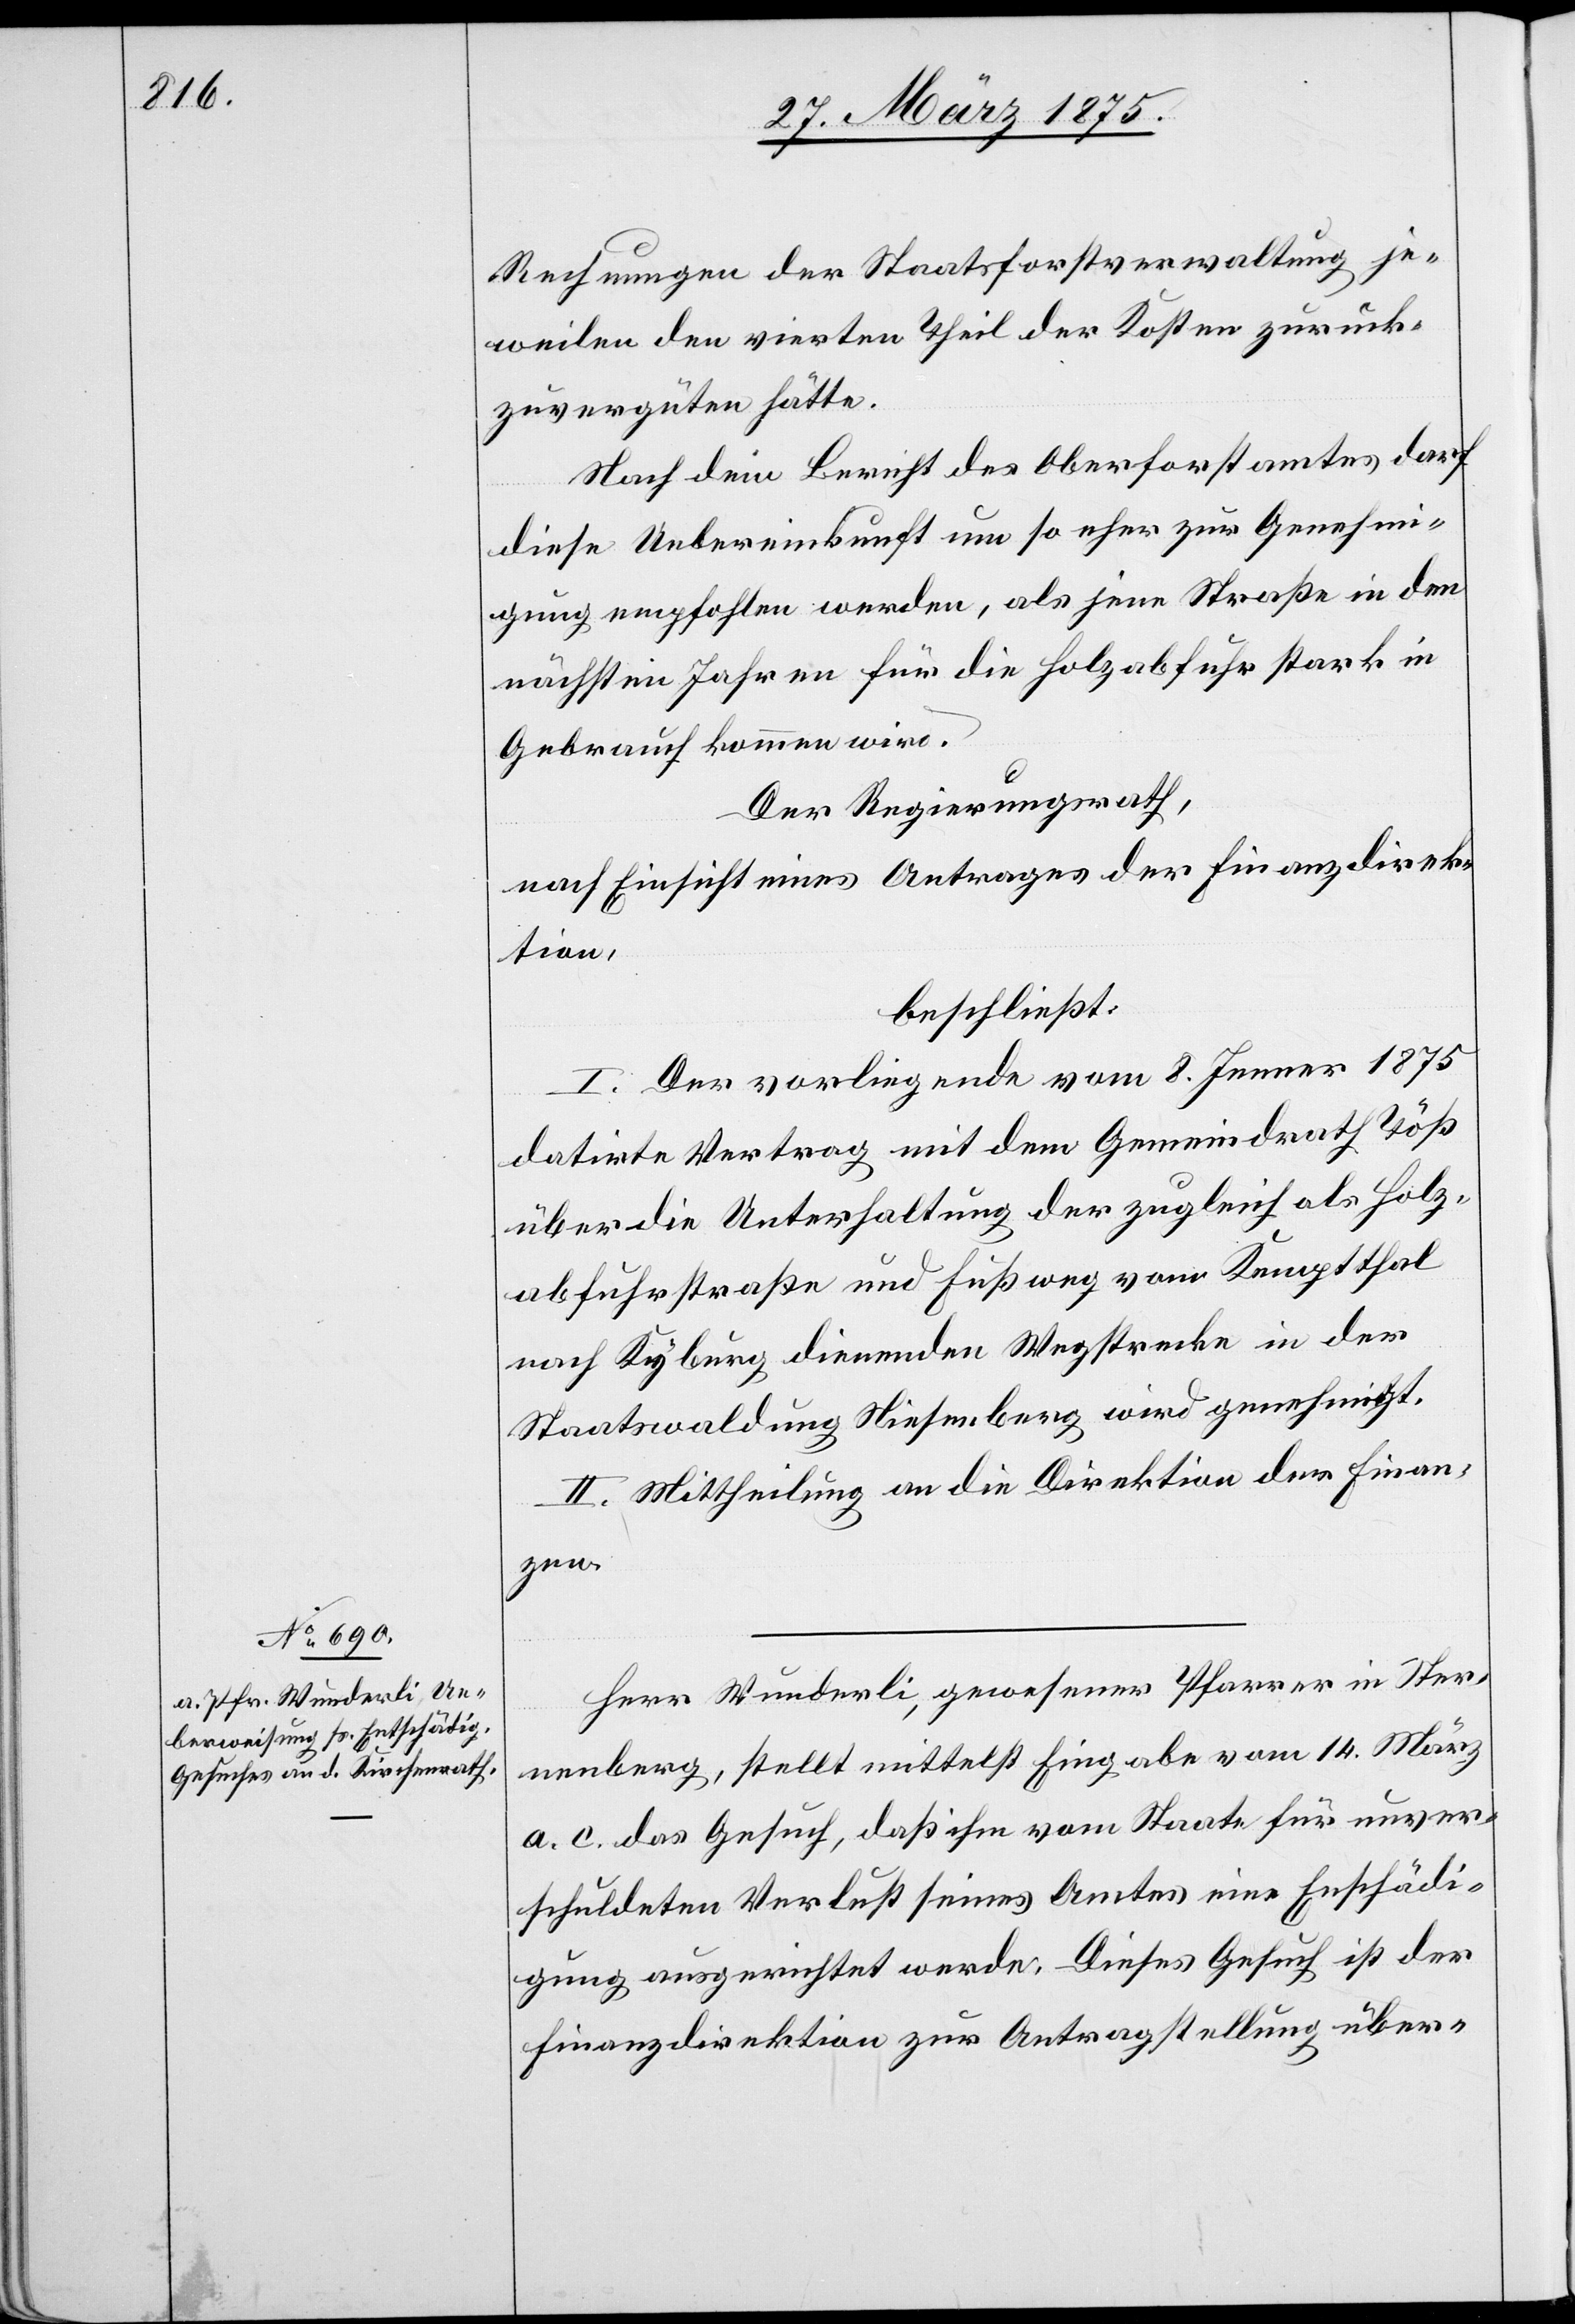
Rechnungen der Staatsforstverwaltung je¬
weilen den vierten Theil der Kosten zurück¬
zuvergüten hätte.
Nach dem Bericht des Oberforstamtes darf
diese Uebereinkunft um so eher zur Genehm¬
igung empfohlen werden, als jene Straße in den
nächsten Jahren für die Salzabfuhr stark in
Gebrauch kommen wird.
Der Regierungsrath,
nach Einsicht eines Antrages der Finanzdirek¬
tion,
beschließt:
I. Der vorliegende vom 8. Jenner 1875
datirte Vertrag mit dem Gemeindrath Töß
über die Unterhaltung der zugleich als Salz¬
abfuhrstraße und Fußweg von Kemptthal
nach Kyburg dienende Wegstrecke in der
Staatswaldung Niesenberg wird genehmigt.
II. Mittheilung an die Direktion der Finan¬
zen.
Herr Wunderli, gewesener Pfarrer in Ster¬
nenberg, stellt mittelst Eingabe vom 14. März
a. c. das Gesuch, daß ihm vom Staate für unver¬
schuldeten Verlust seines Amtes eine Entschädi¬
gung ausgerichtet werde. Dieses Gesuch ist der
Finanzdirektion zur Antragstellung über-